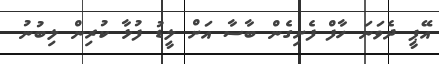
އޭޕީ ދެވަނަ ހާފް ފެށިގެން ބާސާ އަށް ލީޑު ފުޅާ ކުރިން ލިބުނު